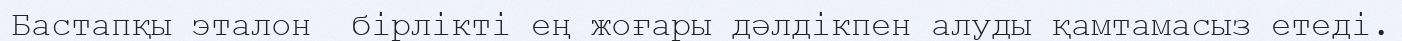
Бастапқы эталон  бірлікті ең жоғары дәлдікпен алуды қамтамасыз етеді.